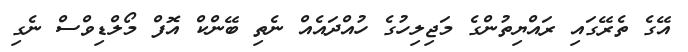
އޭގެ ތެރޭގައި ރައްޔިތުންގެ މަޖިލިހުގެ ހުއްދައެއް ނެތި ބޭންކް އޮފް މޯލްޑިވްސް ނެގި